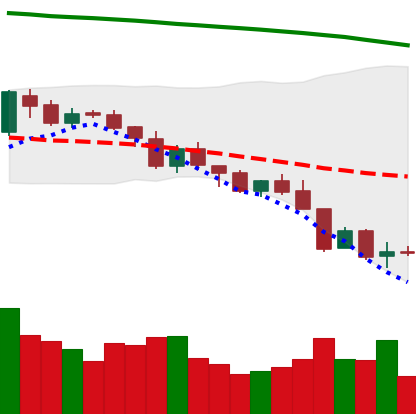
Ticker: XMR-USD
Chart end date: 2018-08-12
Forward return: 6.434%
Label: up_5_7